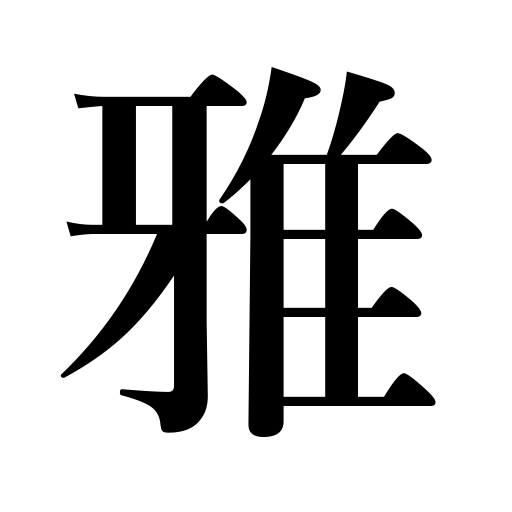
Meanings: elegance,refined taste